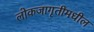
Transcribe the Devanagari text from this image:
लोकजागृतीमधील